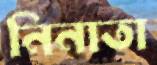
নিনাতা